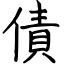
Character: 債